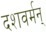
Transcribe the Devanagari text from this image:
दशवर्मन्‌